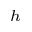
^ { h }